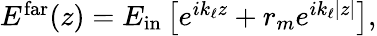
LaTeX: \begin{array}{r}{E^{\mathrm{far}}(z)=E_{\mathrm{in}}\left[e^{ik_{\ell}z}+r_{m}e^{ik_{\ell}|z|}\right],}\end{array}